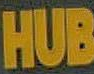
HUB